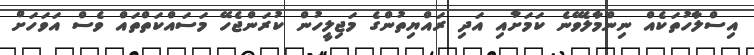
އިސްލާހުތަކެއް ނިންމާލެވޭނެ ކަމަށާއި އަދި ރައްޔިތުންގެ މަޖިލީހުން ކުރަންޖެހޭ މަސައްކަތްތައް ވެސް އަވަހަށް